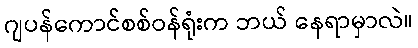
ဂျပန်ကောင်စစ်ဝန်ရုံးက ဘယ် နေရာမှာလဲ။